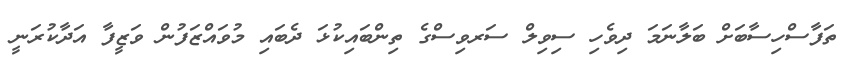
ތަފާސްހިސާބަށް ބަލާނަމަ ދިވެހި ސިވިލް ސަރވިސްގެ ތިންބައިކުޅަ ދެބައި މުވައްޒަފުން ވަޒީފާ އަދާކުރަނީ